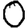
Digit: 0